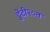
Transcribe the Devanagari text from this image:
ट्वेंटी२०त